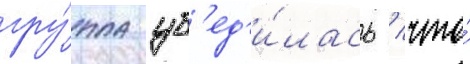
гру́ппа уб'ед'и́лась / что́